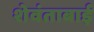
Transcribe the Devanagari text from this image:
शेवंताबाई